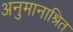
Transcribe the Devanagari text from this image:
अनुमानाश्रित